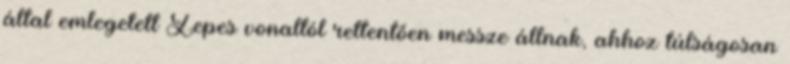
által emlegetett Zepes vonaltól rettentően messze állnak, ahhoz túlságosan